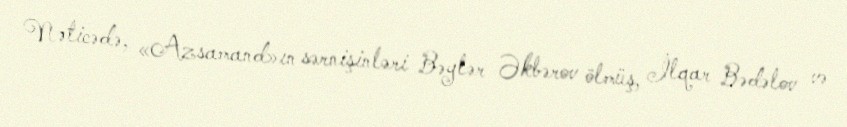
Nəticədə, «Azsamand»ın sərnişinləri Bəylər Əkbərov ölmüş, İlqar Bədəlov və